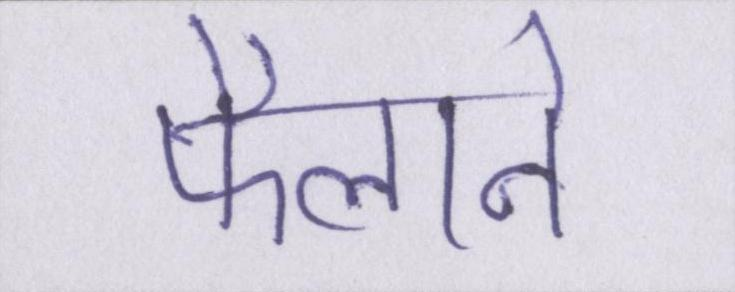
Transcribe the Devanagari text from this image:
फैलाने